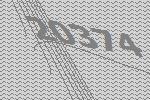
20374